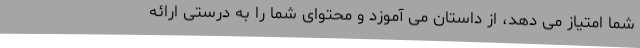
شما امتیاز می دهد، از داستان می آموزد و محتوای شما را به درستی ارائه